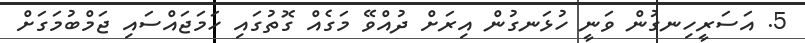
5. އަސަރީހިނގުން ވަނީ ހުޅަނގުން އިރަށް ދުއްވޭ މަގެއް ގޮތުގައި ހަމަޖައްސައި ޖަމްބުމަގަށް